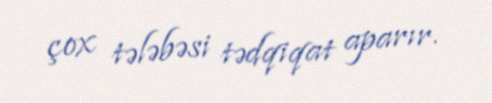
çox tələbəsi tədqiqat aparır.